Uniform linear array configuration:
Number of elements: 16
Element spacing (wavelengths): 0.25
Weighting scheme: blackman
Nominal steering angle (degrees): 30
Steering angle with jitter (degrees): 28.336
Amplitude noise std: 0.05
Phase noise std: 0.05

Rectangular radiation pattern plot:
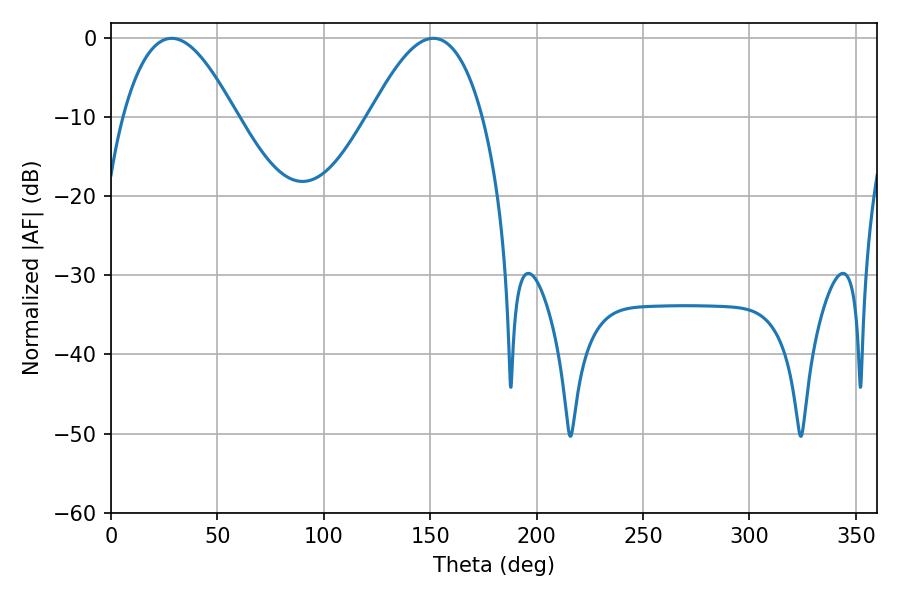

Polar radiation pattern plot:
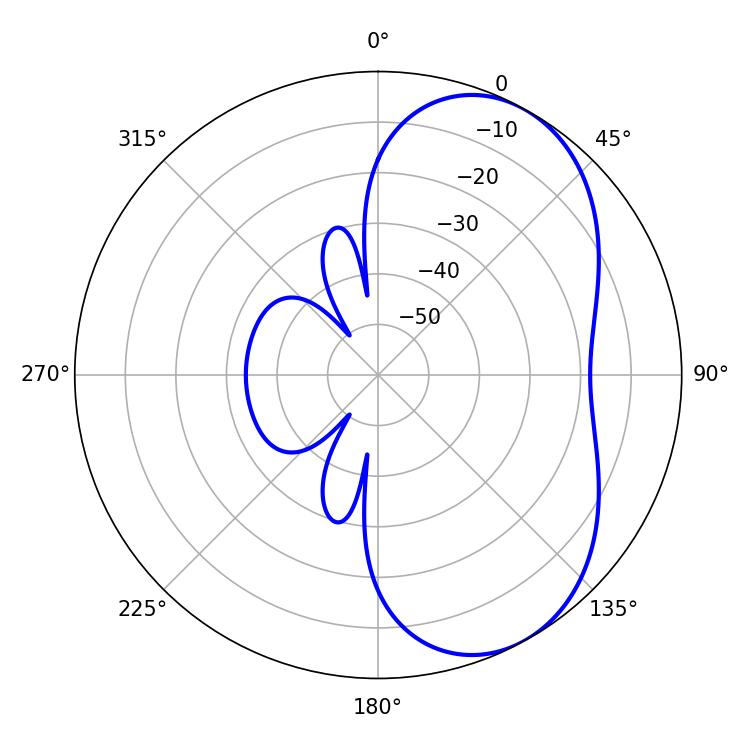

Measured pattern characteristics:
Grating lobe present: FALSE
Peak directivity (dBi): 5.481
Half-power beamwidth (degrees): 28.98
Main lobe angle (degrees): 28.44